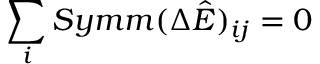
\sum _ { i } S y m m ( \Delta \hat { E } ) _ { i j } = 0